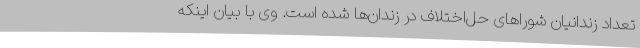
تعداد زندانیان شوراهای حل‌اختلاف در زندان‌ها شده است. وی با بیان اینکه